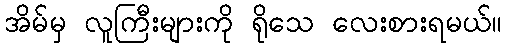
အိမ်မှ လူကြီးများကို ရိုသေ လေးစားရမယ်။